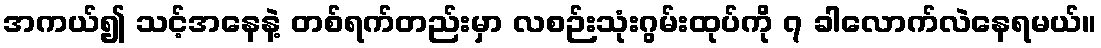
အကယ်၍ သင့်အနေနဲ့ တစ်ရက်တည်းမှာ လစဉ်းသုံးဂွမ်းထုပ်ကို ၇ ခါလောက်လဲနေရမယ်။